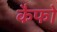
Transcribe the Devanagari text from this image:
कैफो